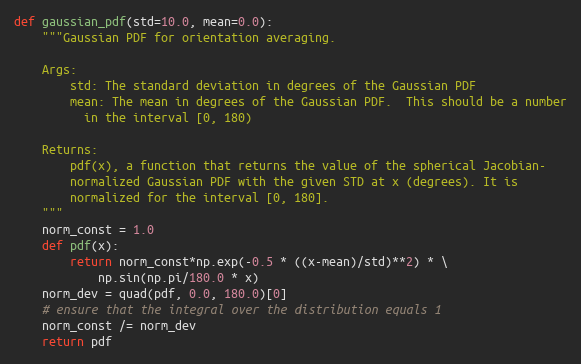
Language: Python
def gaussian_pdf(std=10.0, mean=0.0):
    """Gaussian PDF for orientation averaging.

    Args:
        std: The standard deviation in degrees of the Gaussian PDF
        mean: The mean in degrees of the Gaussian PDF.  This should be a number
          in the interval [0, 180)

    Returns:
        pdf(x), a function that returns the value of the spherical Jacobian-
        normalized Gaussian PDF with the given STD at x (degrees). It is
        normalized for the interval [0, 180].
    """
    norm_const = 1.0
    def pdf(x):
        return norm_const*np.exp(-0.5 * ((x-mean)/std)**2) * \
            np.sin(np.pi/180.0 * x)
    norm_dev = quad(pdf, 0.0, 180.0)[0]
    # ensure that the integral over the distribution equals 1
    norm_const /= norm_dev
    return pdf